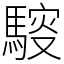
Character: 䮟